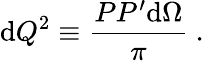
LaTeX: \mathrm{d}Q^{2}\equiv\frac{PP^{\prime}\mathrm{d}\Omega}{\pi}~.